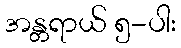
အန္တရာယ် ၅-ပါး